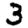
Digit: 3